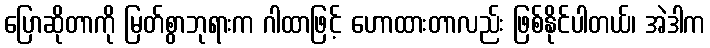
ပြောဆိုတာကို မြတ်စွာဘုရားက ဂါထာဖြင့် ဟောထားတာလည်း ဖြစ်နိုင်ပါတယ်၊ အဲဒါက